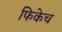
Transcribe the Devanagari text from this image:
फिकेच